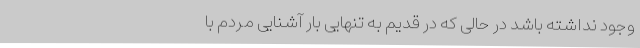
وجود نداشته باشد در حالی که در قدیم به تنهایی بار آشنایی مردم با